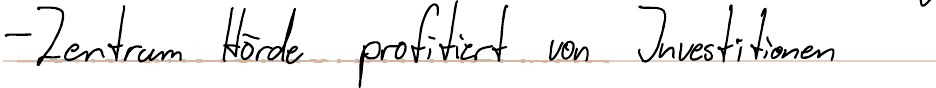
- Zentrum Hörde profitiert von Investitionen